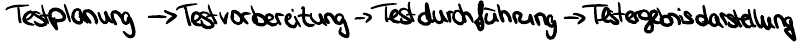
Testplanung -> Testvorbereitung -> Testdurchführung -> Testergebnisdarstellung